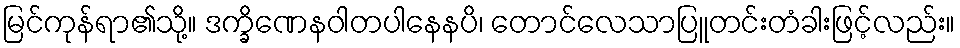
မြင်ကုန်ရာ၏သို့။ ဒက္ခိဏေနဝါတပါနေနပိ၊ တောင်လေသာပြူတင်းတံခါးဖြင့်လည်း။